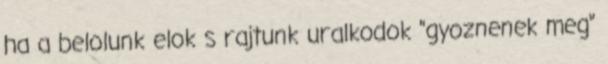
ha a belolunk elok s rajtunk uralkodok "gyoznenek meg"